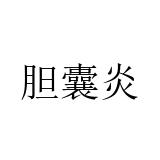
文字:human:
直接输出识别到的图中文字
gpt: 胆囊炎